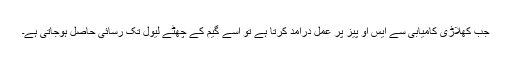
جب کھلاڑی کامیابی سے ایس او پیز پر عمل درآمد کرتا ہے تو اسے گیم کے چھٹے لیول تک رسائی حاصل ہوجاتی ہے۔